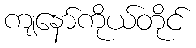
ကျနော်ကိုယ်တိုင်